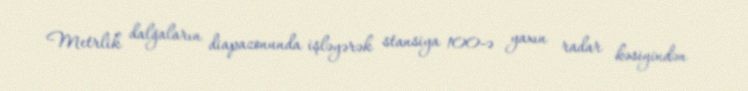
Metrlik dalğaların diapazonunda işləyərək stansiya 100-ə yaxın radar kəsiyindən